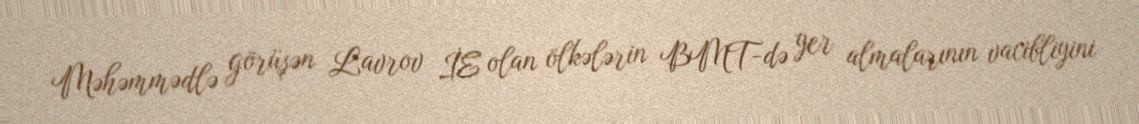
Məhəmmədlə görüşən Lavrov İE olan ölkələrin BMT-də yer almalarının vacibliyini